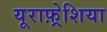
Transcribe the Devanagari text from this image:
यूराफ़्रेशिया